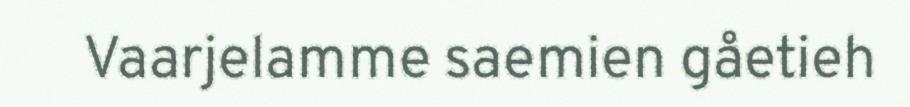
Vaarjelamme saemien gåetieh